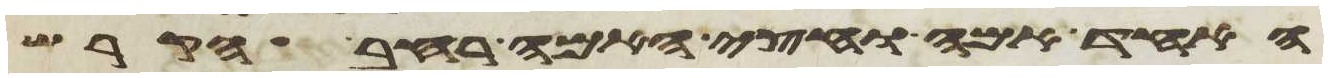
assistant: האחד אמה וחצי האמה רחב הקרש